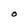
Character: O